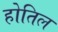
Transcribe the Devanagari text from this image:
होतिल